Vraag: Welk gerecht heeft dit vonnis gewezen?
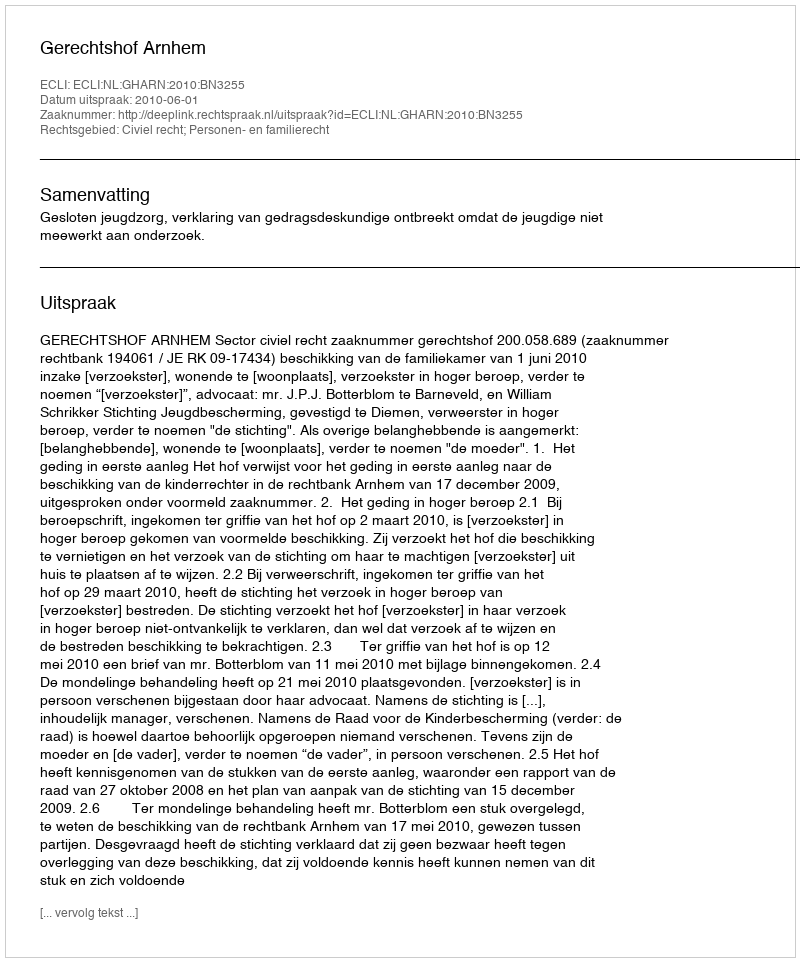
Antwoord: Gerechtshof Arnhem